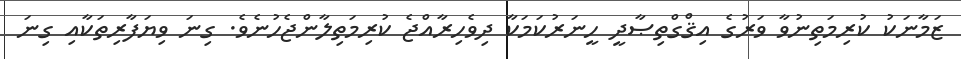
ޒަމާނަކު ކުރިމަތިނުވާ ވަރުގެ އިޤްގްތިޞާދީ ހީނަރުކަމަކާ ދިވެހިރާއްޖެ ކުރިމަތިލާންޖެހުނެވެ. ގިނަ ވިޔަފާރިތަކާއި ގިނަ